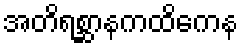
အတိရစ္ဆာနကထိကေန